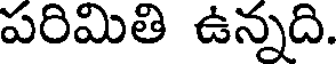
పరిమితి ఉన్నది.